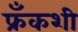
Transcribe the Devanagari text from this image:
फ्रँकशी